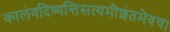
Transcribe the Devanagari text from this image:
कालंवदिष्यन्तिसत्यमीशंतमेवच।